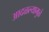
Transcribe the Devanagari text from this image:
आदळल्यामुळे